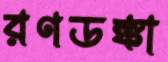
রণডঙ্কা